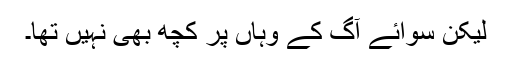
لیکن سوائے آگ کے وہاں پر کچھ بھی نہیں تھا۔